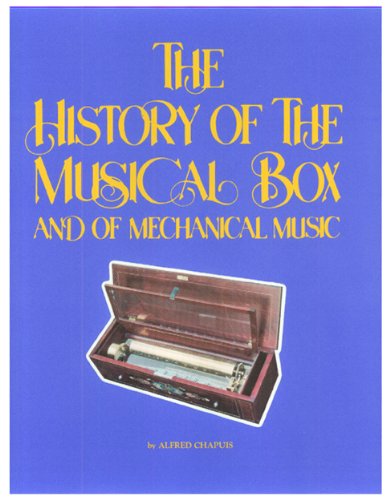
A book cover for History of the Musical Box and of Mechanical Music; Alfred Chapuis; Crafts, Hobbies & Home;